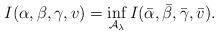
LaTeX: \begin{align*}I(\alpha,\beta,\gamma,v)=\inf_{\mathcal{A}_{\lambda}}I(\bar{\alpha},\bar{\beta},\bar{\gamma},\bar{v}).\end{align*}